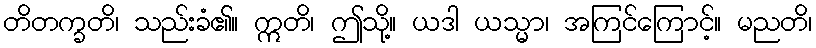
တိတက္ခတိ၊ သည်းခံ၏။ ဣတိ၊ ဤသို့။ ယဒါ ယသ္မာ၊ အကြင်ကြောင့်။ မညတိ၊